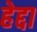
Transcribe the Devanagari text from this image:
हेद्दा